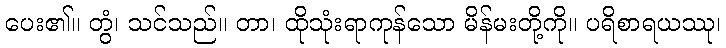
ပေး၏။ တွံ၊ သင်သည်။ တာ၊ ထိုသုံးရာကုန်သော မိန်မးတို့ကို။ ပရိစာရယဿု၊